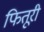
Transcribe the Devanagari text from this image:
फितूरी